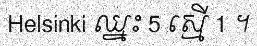
Helsinki ឈ្នះ 5 ស្មើ 1 ។